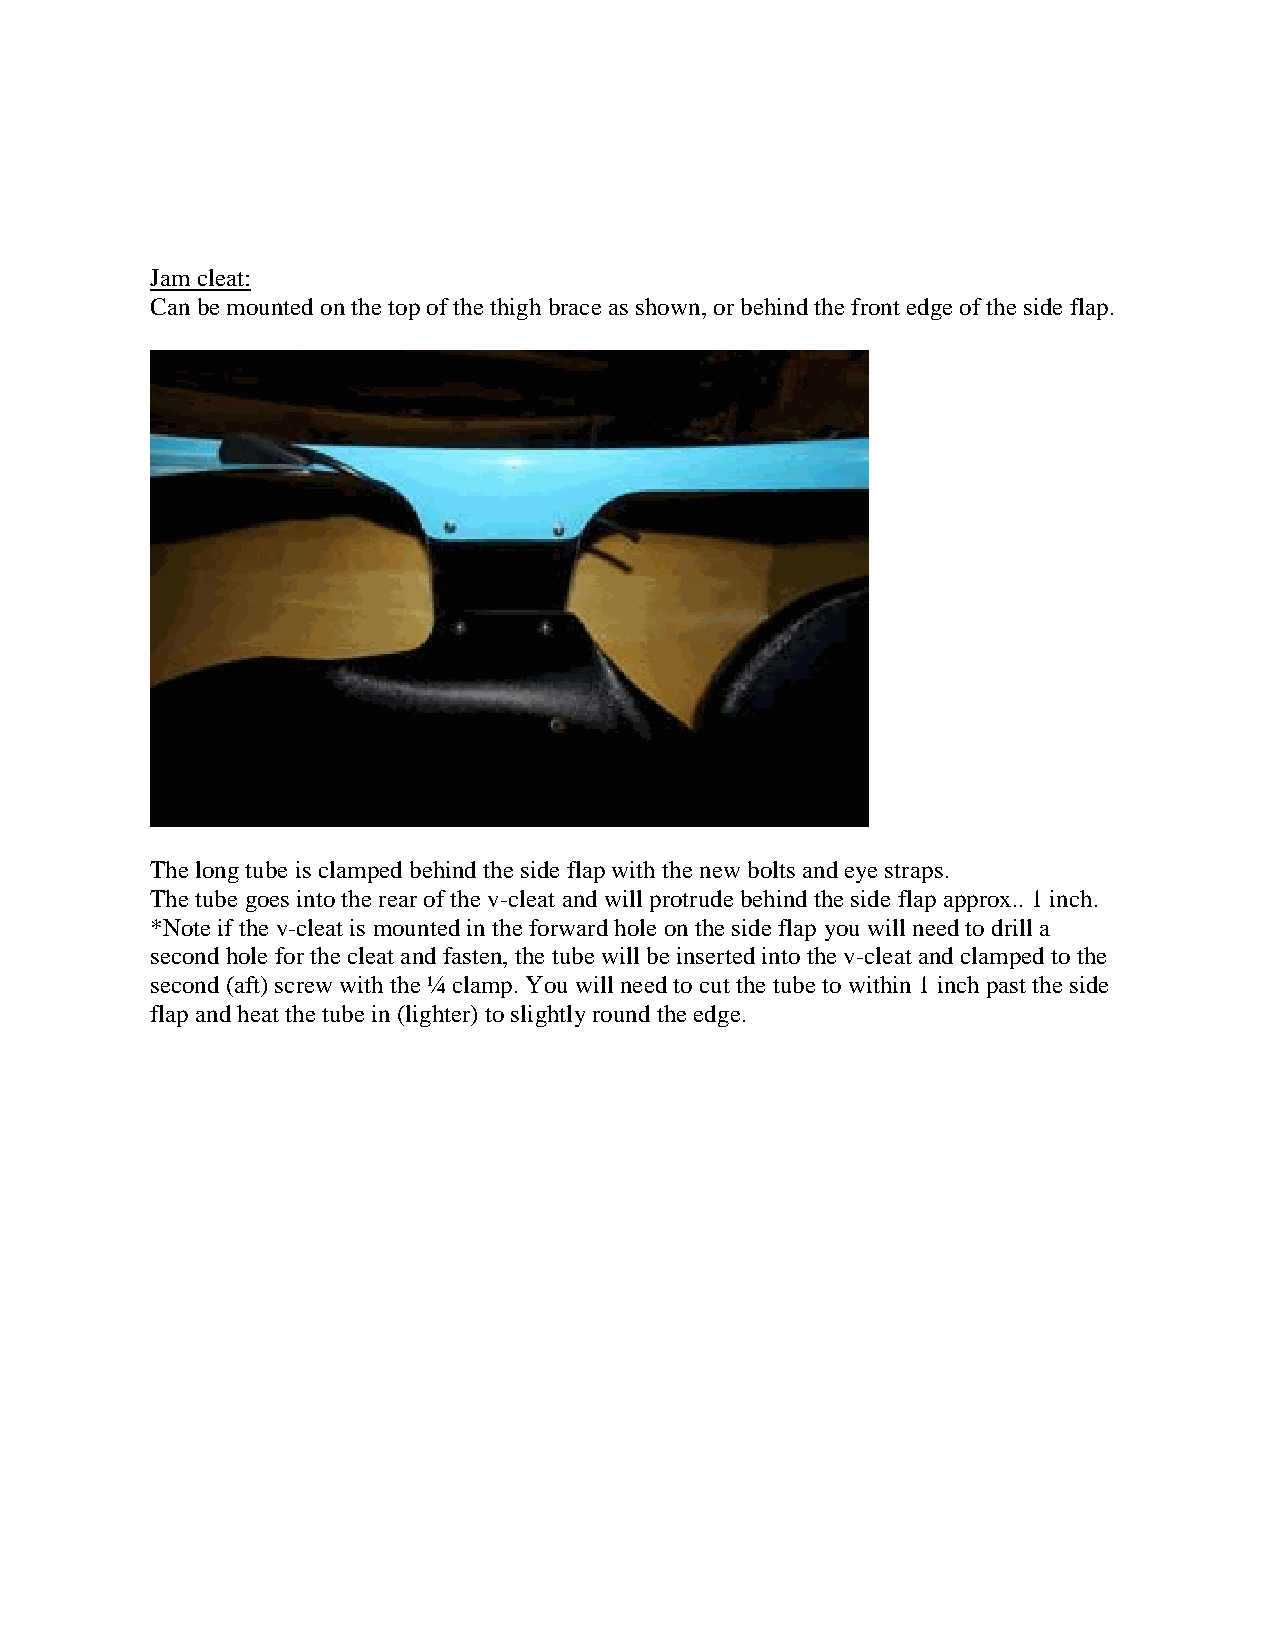
Jam cleat:
 Can be mounted on the top of the thigh brace as shown, or behind the front edge of the side flap.
 The long tube is clamped behind the side flap with the new bolts and eye straps.
 The tube goes into the rear of the v-cleat and will protrude behind the side flap approx.. 1 inch.
 *Note if the v-cleat is mounted in the forward hole on the side flap you will need to drill a
 second hole for the cleat and fasten, the tube will be inserted into the v-cleat and clamped to the
 second (aft) screw with the ¼ clamp. You will need to cut the tube to within 1 inch past the side
 flap and heat the tube in (lighter) to slightly round the edge.